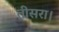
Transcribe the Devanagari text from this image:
तीसरा।